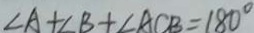
\angle A + B + \angle A C B = 1 8 0 ^ { \circ }